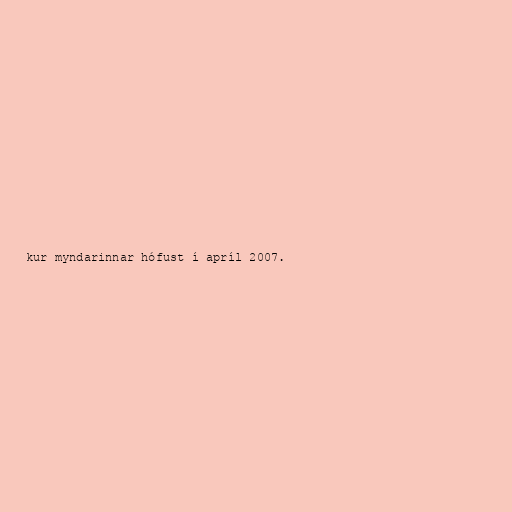
kur myndarinnar hófust í apríl 2007.